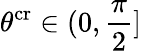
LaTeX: \theta^{\mathrm{cr}}\in(0,\frac{\pi}{2}]